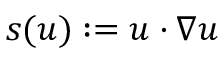
\boldsymbol s ( \boldsymbol u ) : = \boldsymbol u \cdot \nabla \boldsymbol u